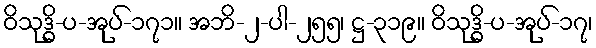
ဝိသုဒ္ဓိ-ပ-အုပ်-၁၇၁။ အဘိ-၂-ပါ-၂၅၅၊ ဋ္ဌ-၃၁၉။ ဝိသုဒ္ဓိ-ပ-အုပ်-၁၇၊